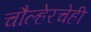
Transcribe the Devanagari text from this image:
चौल्हेरचेही